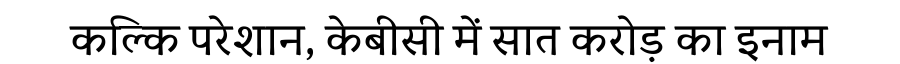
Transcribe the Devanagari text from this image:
कल्कि परेशान, केबीसी में सात करोड़ का इनाम